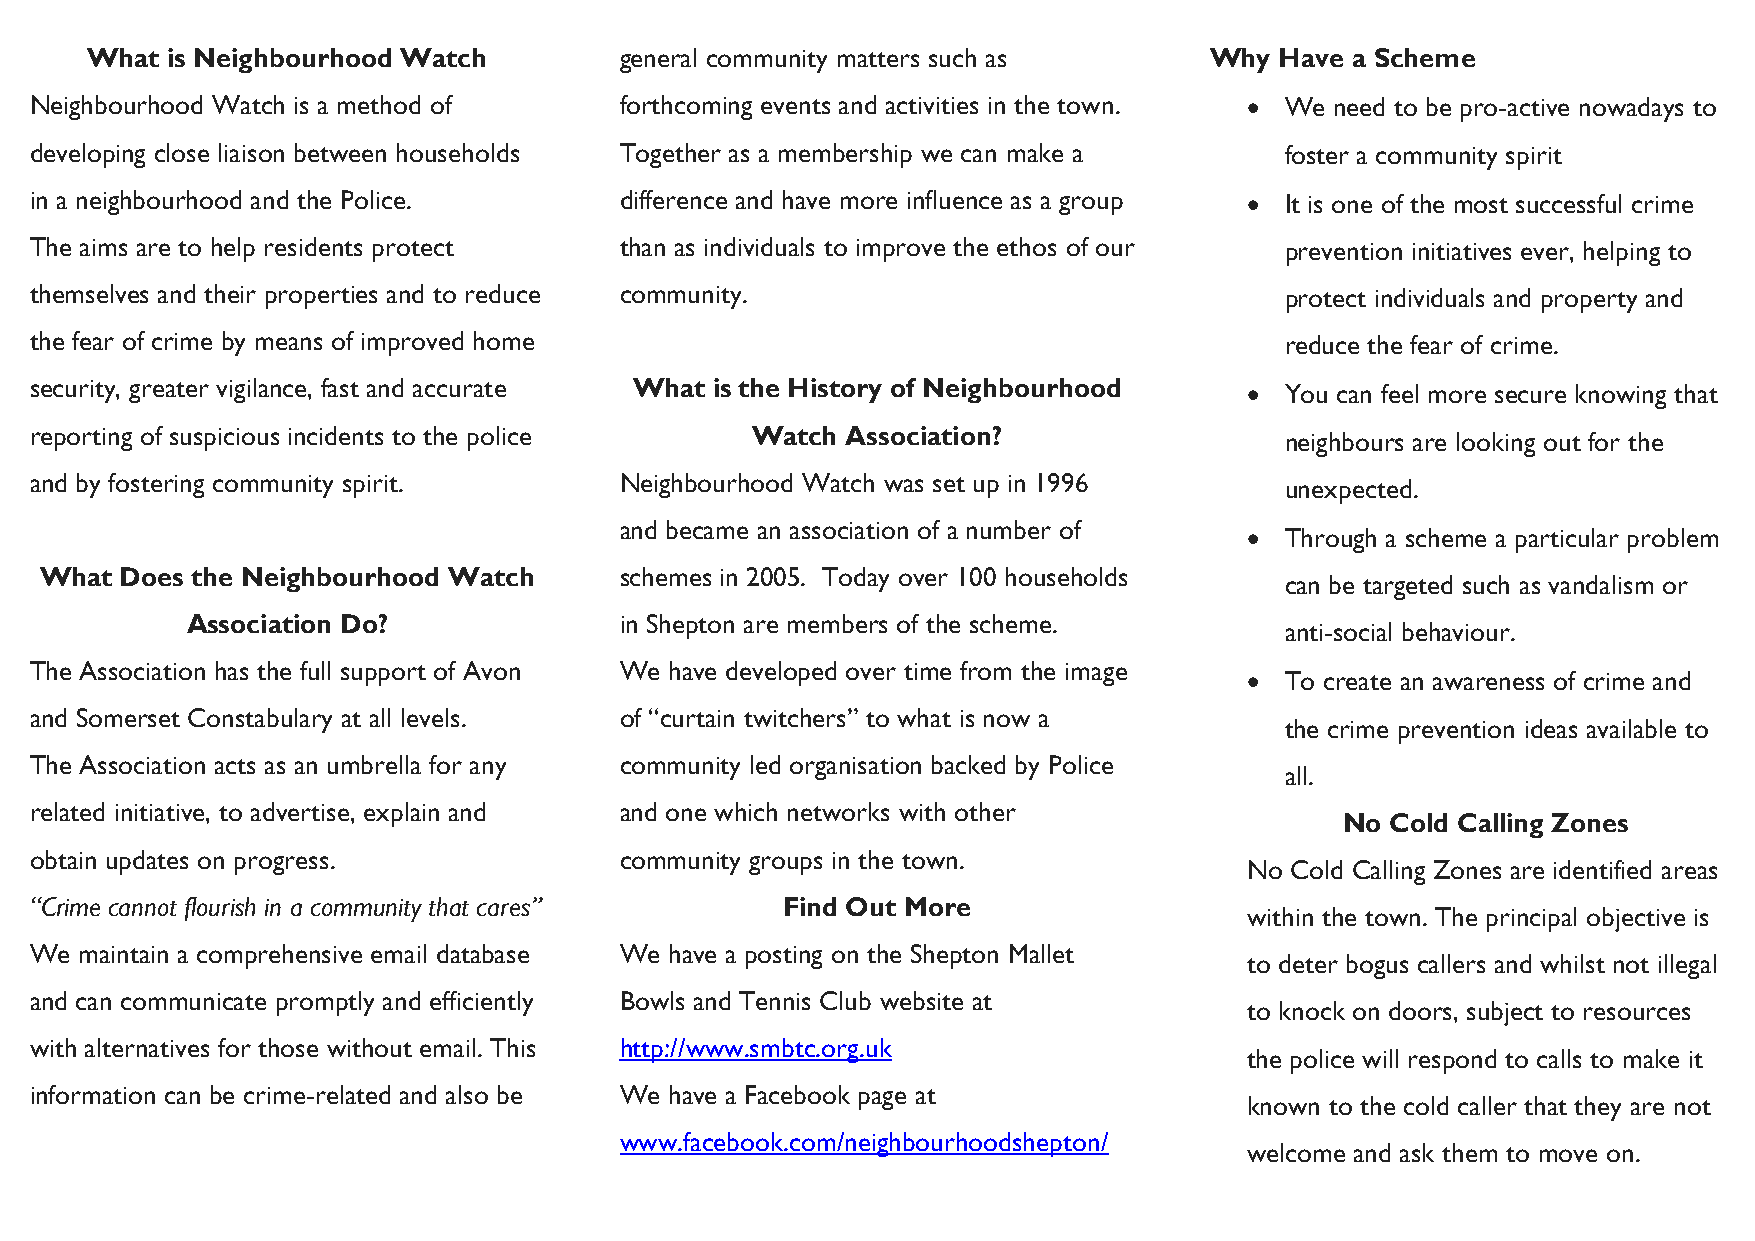
What is Neighbourhood Watch        general community matters such as      Why  Have a Scheme
 Neighbourhood Watch is a method of     forthcoming events and activities in the town.  We need to be pro-active nowadays to
 developing close liaison between households Together as a membership we can make a foster a community spirit
 in a neighbourhood and the Police.     difference and have more influence as a group  It is one of the most successful crime
 The aims are to help residents protect than as individuals to improve the ethos of our prevention initiatives ever, helping to
 themselves and their properties and to reduce community.                           protect individuals and property and
 the fear of crime by means of improved home                                        reduce the fear of crime.
 security, greater vigilance, fast and accurate What is the History of Neighbourhood  You can feel more secure knowing that
 reporting of suspicious incidents to the police Watch Association?                 neighbours are looking out for the
 and by fostering community spirit.     Neighbourhood Watch was set up in 1996      unexpected.
 and became an association of a number of
  Through a scheme a particular problem
 What Does the Neighbourhood Watch     schemes in 2005. Today over 100 households
 can be targeted such as vandalism or
 Association Do?              in Shepton are members of the scheme.
 anti-social behaviour.
 The Association has the full support of Avon We have developed over time from the image
  To create an awareness of crime and
 and Somerset Constabulary at all levels. of “curtain twitchers” to what is now a
 the crime prevention ideas available to
 The Association acts as an umbrella for any community led organisation backed by Police
 all.
 related initiative, to advertise, explain and and one which networks with other
 No Cold Calling Zones
 obtain updates on progress.            community groups in the town.
 No Cold Calling Zones are identified areas
 “Crime cannot flourish in a community that cares” Find Out More
 within the town. The principal objective is
 We maintain a comprehensive email database We have a posting on the Shepton Mallet
 to deter bogus callers and whilst not illegal
 and can communicate promptly and efficiently Bowls and Tennis Club website at
 to knock on doors, subject to resources
 with alternatives for those without email. This http://www.smbtc.org.uk
 the police will respond to calls to make it
 information can be crime-related and also be We have a Facebook page at
 known to the cold caller that they are not
 www.facebook.com/neighbourhoodshepton/
 welcome and ask them to move on.